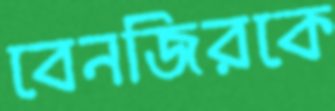
বেনজিরকে